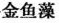
金鱼藻